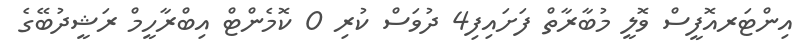
އިންޓަރއޮފީސް ވޮލީ މުބާރާތް ފަށައިފި4 ދުވަސް ކުރި 0 ކޮމެންޓް އިބްރާހީމް ރަޝީދުބޭގެ